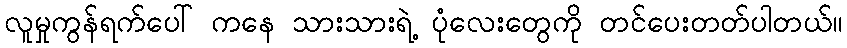
လူမှုကွန်ရက်ပေါ် ကနေ သားသားရဲ့ ပုံလေးတွေကို တင်ပေးတတ်ပါတယ်။